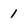
Character: 1